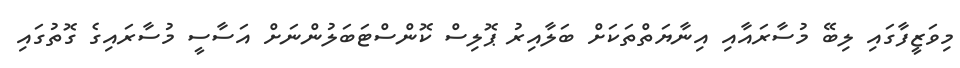
މިވަޒީފާގައި ލިބޭ މުސާރައާއި އިނާޔަތްތަކަަށް ބަލާއިރު ޕޮލިސް ކޮންސްޓަބަލުންނަށް އަސާސީ މުސާރައިގެ ގޮތުގައި